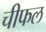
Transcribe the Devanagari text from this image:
चीफल